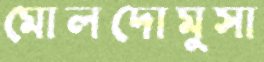
মোলদোমুসা